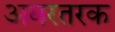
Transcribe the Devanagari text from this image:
अवरतरक